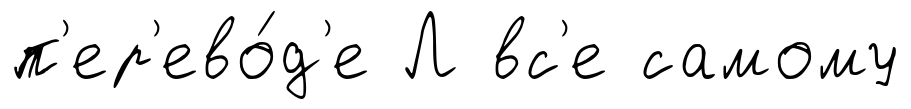
п'ер'ево́д'е Л вс'е самому